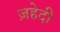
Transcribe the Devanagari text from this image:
ज़हेदी